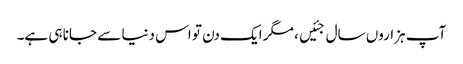
آپ ہزاروں سال جئیں، مگر ایک دن تو اس دنیا سے جانا ہی ہے۔